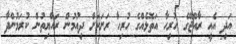
އަދި އެއީ ރާއްޖޭގެ ހުރިހާ އަތޮޅެއްގެ ހުރިހާ ރަށަކަށް ދިއުމުން ރައްޔިތުން ކުރަމުންދާ